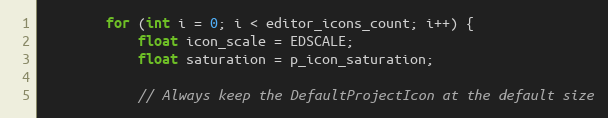
Language: C++
		for (int i = 0; i < editor_icons_count; i++) {
			float icon_scale = EDSCALE;
			float saturation = p_icon_saturation;

			// Always keep the DefaultProjectIcon at the default size